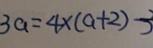
3 a = 4 \times ( a + 2 ) - 3